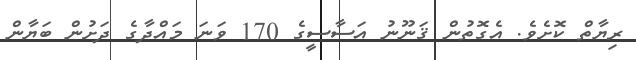
ރިޔާތް ކޮށެވެ. އެގޮތުން ޤަނޫނު އަސާސީގެ 170 ވަނަ މައްދާގެ ދަށުން ބަޔާން